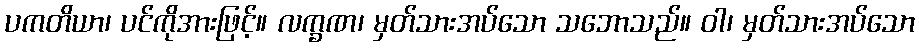
ပကတိယာ၊ ပင်ကိုအားဖြင့်။ လက္ခဏ၊ မှတ်သားအပ်သော သဘောသည်။ ဝါ၊ မှတ်သားအပ်သော